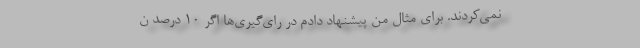
نمی‌کردند. برای مثال من پیشنهاد دادم در رای‌گیری‌ها اگر ۱۰ درصد ن